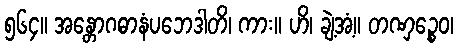
၅၆၄။ အန္တောဂဓာနံပဘေဒါတိ၊ ကား။ ဟိ၊ ချဲ့အံ့။ တဏှဉ္စေဝ၊